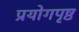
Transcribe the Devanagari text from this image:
प्रयोगपृष्ठ